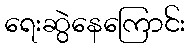
ရေးဆွဲနေကြောင်း